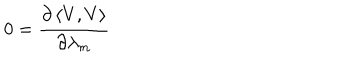
0 = \frac { \partial \left\langle V , V \right\rangle } { \partial \lambda _ { m } }